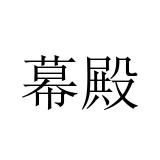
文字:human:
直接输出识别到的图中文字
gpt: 幕殿